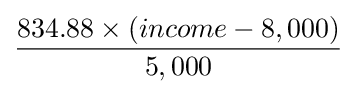
834.88\times (income-8,000) \over 5,000